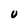
Character: U